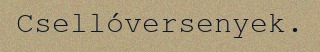
Csellóversenyek.